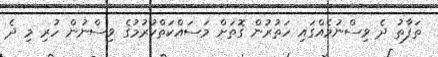
ތަފާތު ދެ ވިސްނުމެއްގައި ހަތުރުން ގޮތަށް މަސައްކަތްކުރުމުގެ ވިސްނުން ހުރި މި ދެ